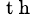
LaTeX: ^{\mathrm{~t~h~}}